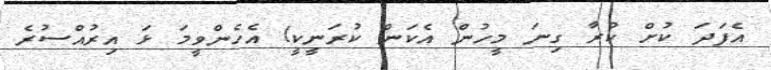
އެފަދަ ކުށް ކުރާ ގިނަ މީހުން އެކަން ކުރަނީކީ! އެހެންވީމަ ޅަ އިރުއްސުރެ